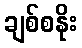
ချစ်စနိုး